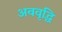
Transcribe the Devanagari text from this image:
अववृद्धि